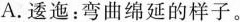
A.逶迤：弯曲绵延的样子。